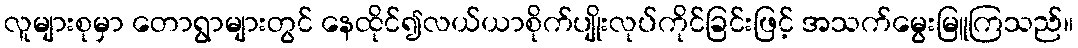
လူများစုမှာ တောရွာများတွင် နေထိုင်၍လယ်ယာစိုက်ပျိုးလုပ်ကိုင်ခြင်းဖြင့် အသက်မွေးမြူကြသည်။